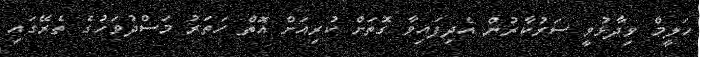
ހަލީމް ވިދާޅުވީ ސަރުކާރުން އެދިފައިވާ ގޮތަށް ކުރިއަށް އޮތް ހަތަރު މަސްދުވަހުގެ ތެރޭގައި